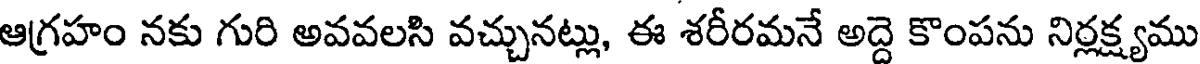
ఆగ్రహం నకు గురి అవవలసి వచ్చునట్లు, ఈ శరీరమనే అద్దె కొంపను నిర్లక్ష్యము